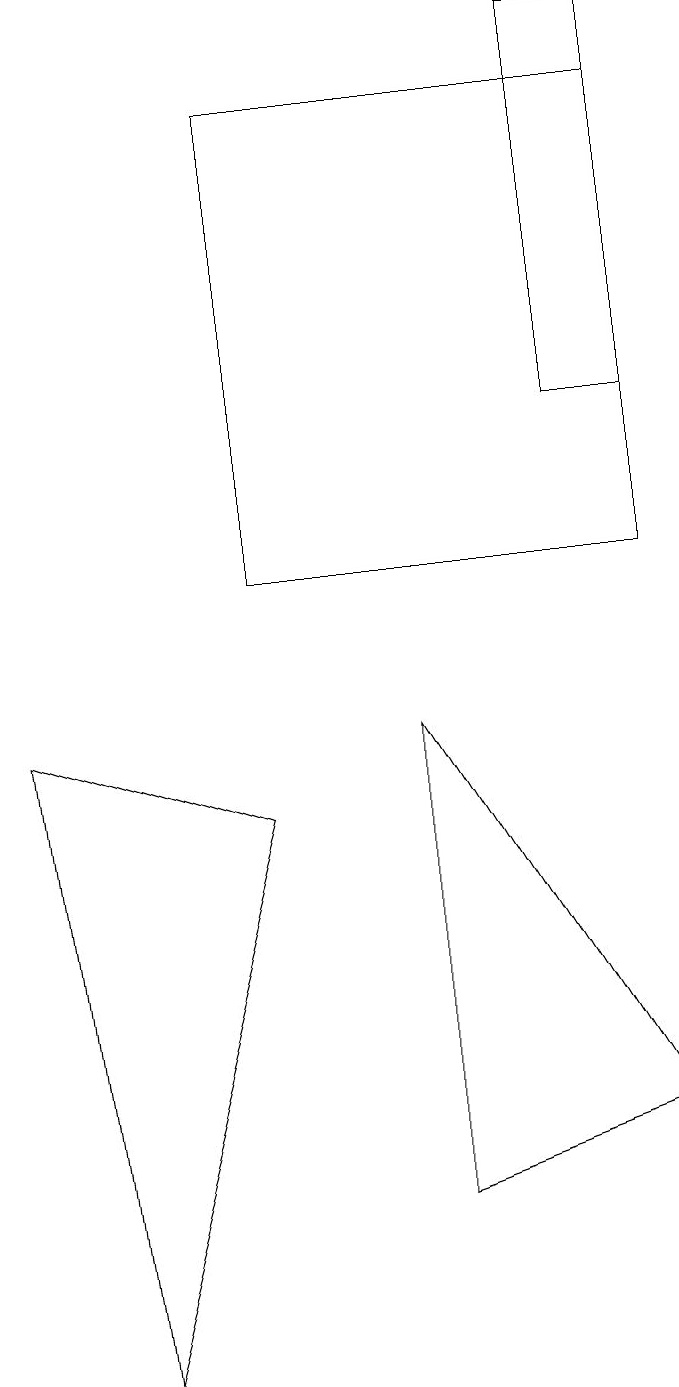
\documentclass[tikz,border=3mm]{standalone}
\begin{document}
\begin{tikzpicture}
\draw (5,9) -- (5,3) -- (8,4) -- cycle;
\draw (8,11) rectangle (3,17);
\draw (3,8) -- (0,9) -- (1,1) -- cycle;
\draw (7,18) rectangle (8,13);
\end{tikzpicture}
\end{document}